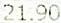
21.90